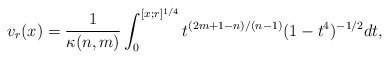
\begin{align*}v_r(x) = \frac{1}{\kappa(n,m)} \int_0^{[x;r]^{1/4}} t^{(2 m + 1 - n)/(n - 1)} (1 - t^4)^{-1/2} dt,\end{align*}